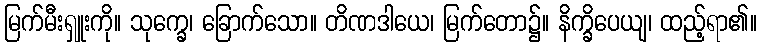
မြက်မီးရှူးကို။ သုက္ခေ၊ ခြောက်သော။ တိဏဒါယေ၊ မြက်တော၌။ နိက္ခိပေယျ၊ ထည့်ရာ၏။